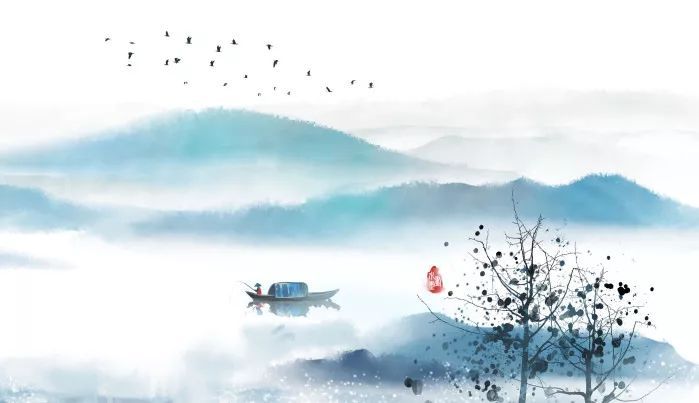
寂历秋江渔火稀，起看残月映林微。